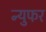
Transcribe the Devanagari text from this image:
न्युफर